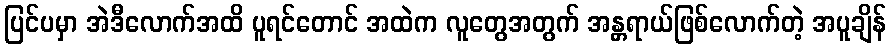
ပြင်ပမှာ အဲဒီလောက်အထိ ပူရင်တောင် အထဲက လူတွေအတွက် အန္တ္တရာယ်ဖြစ်လောက်တဲ့ အပူချိန်